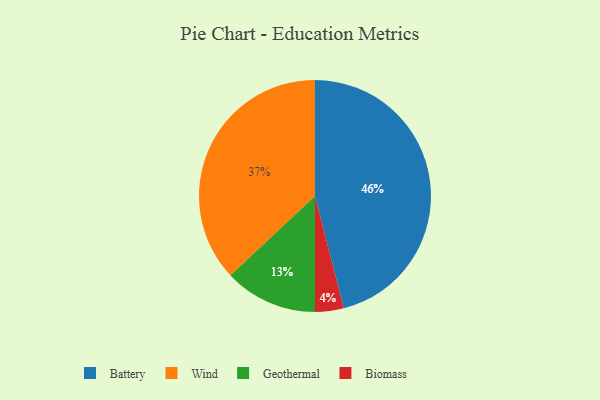
{"axis": {"x": "Category", "y": "Percentage"}, "legend": ["Battery", "Biomass", "Geothermal", "Wind"], "data": [{"x": "Biomass", "y": 4, "type": "Biomass"}, {"x": "Geothermal", "y": 13, "type": "Geothermal"}, {"x": "Wind", "y": 37, "type": "Wind"}, {"x": "Battery", "y": 46, "type": "Battery"}]}